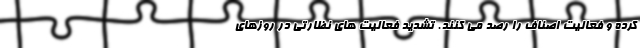
کرده و فعالیت اصناف را رصد می کنند. تشدید فعالیت های نظارتی در روزهای